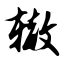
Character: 辙